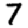
Digit: 7